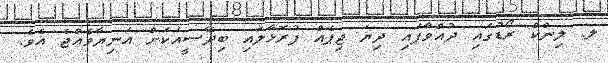
ލ. ލިންކް ރޯޑުގައި ދުއްވާފައި ދިޔަ ޖިޕެއް ފުރޮޅާލައި ބިދޭސީއަކަށް އަނިޔާވެއްޖެ އެވެ.